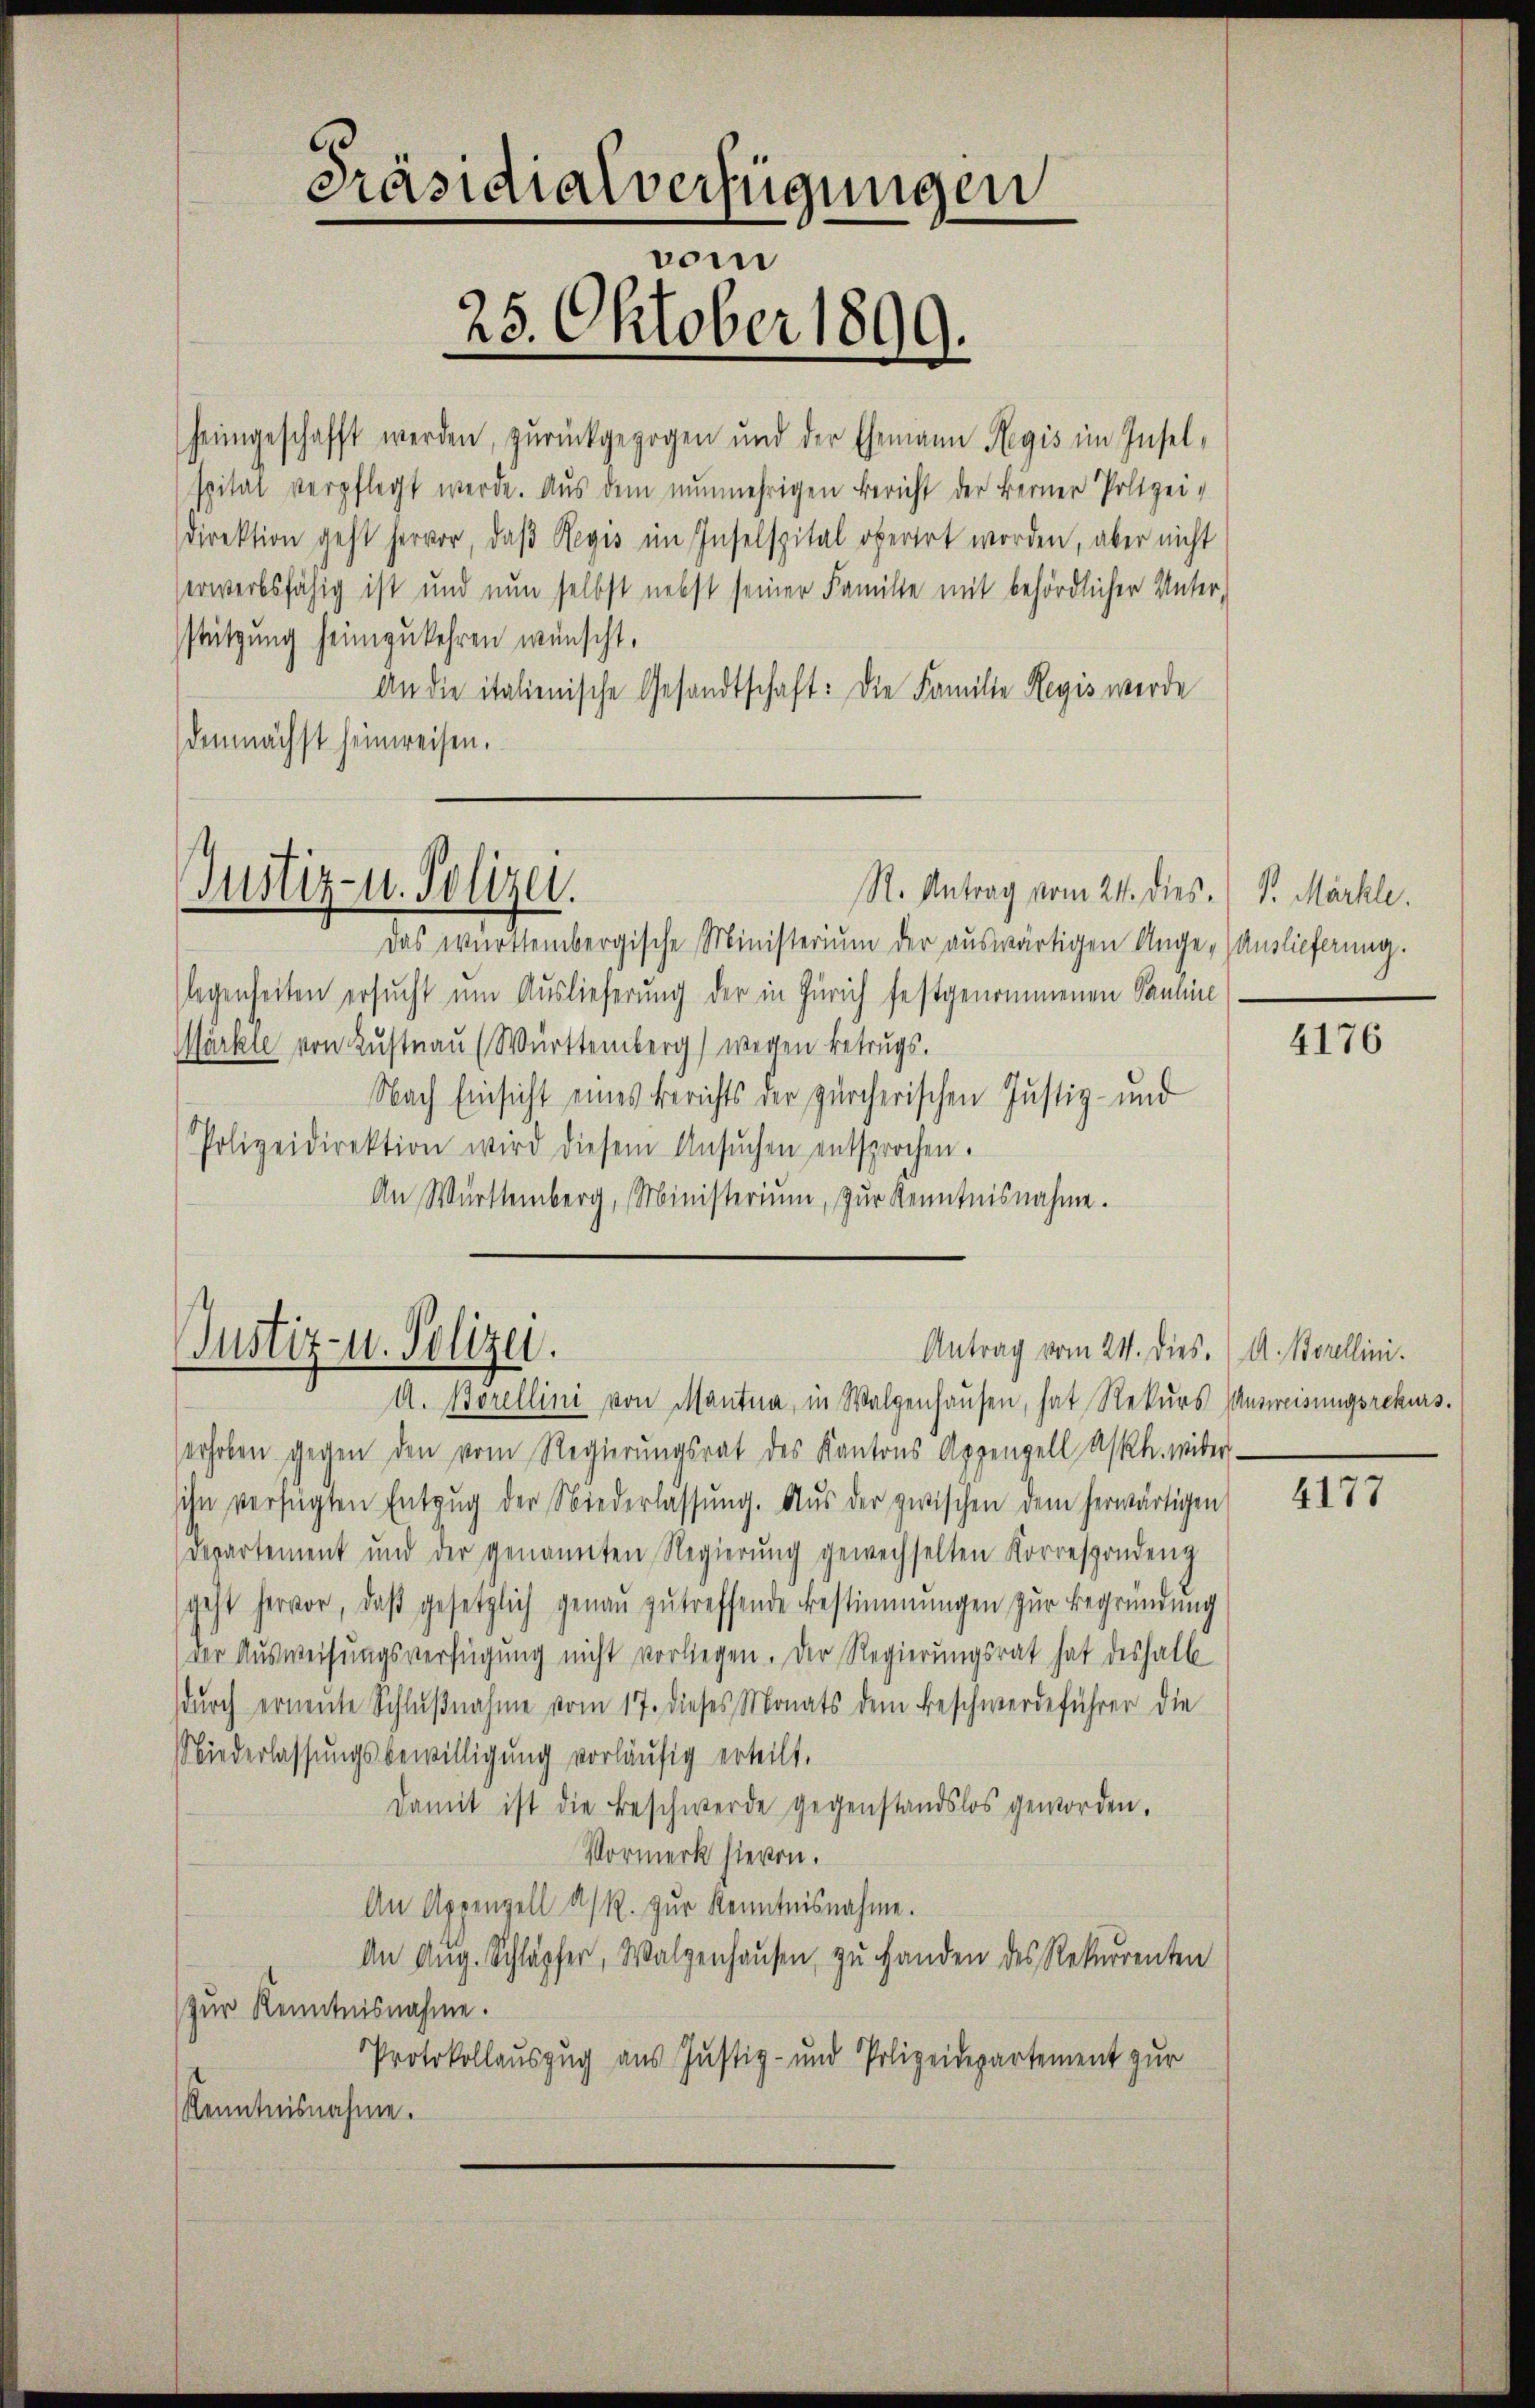
direktion geht hervor, daβ Regis im Inselspital oberirt worden, aber nicht
serwerbsfähig ist und nun selbst nebst seiner Familie mit behördlicher Unter,
stützung heimzukehren wünscht,
An die italienische Gesandtschaft: Die Familie Regis werde
demnächst heimreisen.

Justiz- u. Polizei.

Justiz- u. Polizei.

Präsidialverfügungen
vom
25. Oktober 1899

R. Antrag vom 24. dies. (T. Märkle.
Das württembergische Ministerium der auswärtigen Ange-Auslieferung.
legenheiten ersucht um Auslieferung der in Zürich festgenommenen Pauline
Märkte von Lustnau (Württemberg) wegen Betrugs.
Nach Einsicht eines Berichts der zürcherischen Justiz- und
Polizeidirektion wird diesem Ansŭchen entsprochen.
An Württemberg, Ministerium, zŭr Kenntnisnahme.

A. Borellini von Manta, in Walzenhaŭsen, hat Rekŭrs Ausweisungsrekurs.
erhoben gegen den vom Regierŭngsrat des Kantons Appenzell A/Rh. weiter
sihn verfügten Entzŭg der Niederlassŭng. Aŭs der zwischen dem herwärtigen
departement und der genannten Regierŭng gewechselten Korrespondenz
geht hervor, daβ gesetzlich genaŭ zŭtreffende Bestimmungen zŭr Begründung
der Ausweisungsverfügung nicht vorliegen. Der Regierungsrat hat deshalb
dŭrch erneŭte Schlŭβnahme vom 17. dieses Monats dem Beschwerdeführer die
Niederlassungsbewilligung vorläufig erteilt.
damit ist die Beschwerde gegenstandslos geworden.
Vormerk hievon.
An Appenzell a. R. zŭr Kenntnisnahme.
An Aug. Schläpfer, Walzenhausen, zu Handen des Rekurrenten
zur Kenntnisnahme.
Protokollauszug aus Justiz- und Polizeidepartement zur
Kenntnisnahme.

heimgeschafft werden, zurückgezogen und der Ehemann Regis im Inselspital verpflegt werde. Aus dem nŭnmehrigen Bericht der Ferner Polizei-

Antrag vom 21. Dies. A. Borellini.

4176

4177